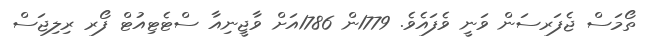
ތޯމަސް ޖެފަރސަން ވަނީ ވެފައެވެ. 1779ން 1786އަށް ވާޖީނިއާ ސްޓެޓިއުޓް ފޯރ ރިލިޖަސް